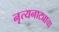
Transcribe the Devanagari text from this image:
नृत्यनाट्याचा